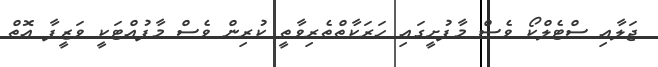
ޖަލާއި ސްޓެލްކޯ ވެސް މާފުށީގައި ހަރަކާތްތެރިވާތީ ކުރިން ވެސް މާފުއްޓަކީ ވަޒީފާ އޮތް